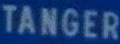
TANGER